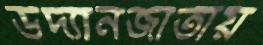
উদ্যানজাতীয়